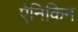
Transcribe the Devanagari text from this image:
ऐनिकिन